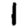
Digit: 1